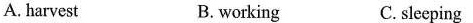
A. harvest B.working C. sleeping